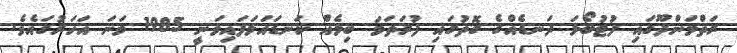
ރަތްމަންދޫގައި ފުޓުބޯޅަ ދަނޑެއްގެ ގޮތުގައި ފުރަތަމަ ބިމެއް ކަނޑައަޅަފައިވަނީ 1985 ވަނަ އަހަރުގައެވެ.